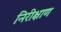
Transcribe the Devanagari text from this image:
निरीक्षाण